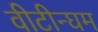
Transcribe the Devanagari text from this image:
वीटीन्घम